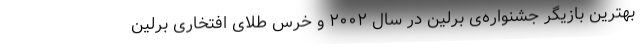
بهترین بازیگر جشنواره‌ی برلین در سال ۲۰۰۲ و خرس طلای افتخاری برلین